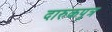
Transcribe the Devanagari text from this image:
दारुकपुत्र